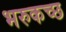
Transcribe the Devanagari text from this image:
भरुकच्छ